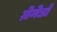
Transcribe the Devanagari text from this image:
ग्रेनेडों